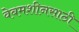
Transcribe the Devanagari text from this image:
वेबमशीनसाठी